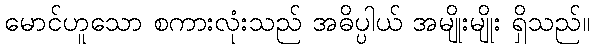
မောင်ဟူသော စကားလုံးသည် အဓိပ္ပါယ် အမျိုးမျိုး ရှိသည်။